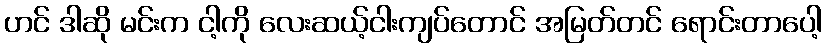
ဟင် ဒါဆို မင်းက ငါ့ကို လေးဆယ့်ငါးကျပ်တောင် အမြတ်တင် ရောင်းတာပေါ့